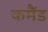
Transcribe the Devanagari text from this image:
कमैंड